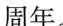
周年。